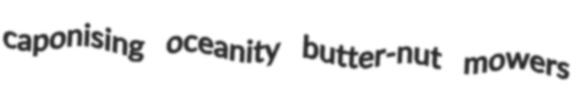
caponising oceanity butter-nut mowers